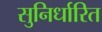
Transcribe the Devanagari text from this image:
सुनिर्धारित